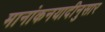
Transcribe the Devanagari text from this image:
मानांकनयादीनुसार